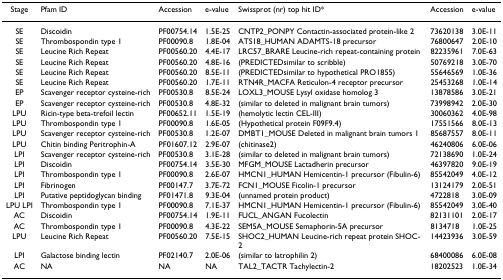
<table><thead><tr><td><b>Stage</b></td><td><b>Pfam ID</b></td><td><b>Accession</b></td><td><b>e-value</b></td><td><b>Swissprot (nr) top hit ID*</b></td><td><b>Accession</b></td><td><b>e-value</b></td></tr></thead><tbody><tr><td>SE</td><td>Discoidin</td><td>PF00754.14</td><td>1.5E-25</td><td>CNTP2_PONPY Contactin-associated protein-like 2</td><td>73620138</td><td>3.0E-11</td></tr><tr><td>SE</td><td>Thrombospondin type 1</td><td>PF00090.8</td><td>1.8E-04</td><td>ATS18_HUMAN ADAMTS-18 precursor</td><td>76800647</td><td>2.0E-10</td></tr><tr><td>SE</td><td>Leucine Rich Repeat</td><td>PF00560.20</td><td>4.4E-17</td><td>LRC57_BRARE Leucine-rich repeat-containing protein</td><td>82235961</td><td>7.0E-63</td></tr><tr><td>SE</td><td>Leucine Rich Repeat</td><td>PF00560.20</td><td>4.8E-16</td><td>(PREDICTEDsimilar to scribble)</td><td>50769218</td><td>3.0E-70</td></tr><tr><td>SE</td><td>Leucine Rich Repeat</td><td>PF00560.20</td><td>8.5E-11</td><td>(PREDICTEDsimilar to hypothetical PRO1855)</td><td>55646569</td><td>1.0E-36</td></tr><tr><td>SE</td><td>Leucine Rich Repeat</td><td>PF00560.20</td><td>1.7E-11</td><td>RTN4R_MACFA Reticulon-4 receptor precursor</td><td>25453268</td><td>1.0E-14</td></tr><tr><td>EP</td><td>Scavenger receptor cysteine-rich</td><td>PF00530.8</td><td>8.5E-24</td><td>LOXL3_MOUSE Lysyl oxidase homolog 3</td><td>13878586</td><td>3.0E-21</td></tr><tr><td>EP</td><td>Scavenger receptor cysteine-rich</td><td>PF00530.8</td><td>4.8E-32</td><td>(similar to deleted in malignant brain tumors)</td><td>73998942</td><td>2.0E-30</td></tr><tr><td>LPU</td><td>Ricin-type beta-trefoil lectin</td><td>PF00652.11</td><td>1.5E-19</td><td>(hemolytic lectin CEL-III)</td><td>30060362</td><td>4.0E-98</td></tr><tr><td>LPU</td><td>Thrombospondin type 1</td><td>PF00090.8</td><td>1.6E-05</td><td>(Hypothetical protein F09F9.4)</td><td>17551566</td><td>8.0E-13</td></tr><tr><td>LPU</td><td>Scavenger receptor cysteine-rich</td><td>PF00530.8</td><td>1.2E-07</td><td>DMBT1_MOUSE Deleted in malignant brain tumors 1</td><td>85687557</td><td>8.0E-11</td></tr><tr><td>LPU</td><td>Chitin binding Peritrophin-A</td><td>PF01607.12</td><td>2.9E-07</td><td>(chitinase2)</td><td>46240806</td><td>6.0E-06</td></tr><tr><td>LPI</td><td>Scavenger receptor cysteine-rich</td><td>PF00530.8</td><td>3.1E-28</td><td>(similar to deleted in malignant brain tumors)</td><td>72138690</td><td>1.0E-24</td></tr><tr><td>LPI</td><td>Discoidin</td><td>PF00754.14</td><td>3.5E-30</td><td>MFGM_MOUSE Lactadherin precursor</td><td>46397820</td><td>9.0E-19</td></tr><tr><td>LPI</td><td>Thrombospondin type 1</td><td>PF00090.8</td><td>2.6E-07</td><td>HMCN1_HUMAN Hemicentin-1 precursor (Fibulin-6)</td><td>85542049</td><td>4.0E-12</td></tr><tr><td>LPI</td><td>Fibrinogen</td><td>PF00147.7</td><td>3.7E-72</td><td>FCN1_MOUSE Ficolin-1 precursor</td><td>13124179</td><td>2.0E-51</td></tr><tr><td>LPI</td><td>Putative peptidoglycan binding</td><td>PF01471.8</td><td>9.3E-04</td><td>(unnamed protein product)</td><td>4722818</td><td>3.0E-09</td></tr><tr><td>LPU LPI</td><td>Thrombospondin type 1</td><td>PF00090.8</td><td>7.1E-37</td><td>HMCN1_HUMAN Hemicentin-1 precursor (Fibulin-6)</td><td>85542049</td><td>3.0E-40</td></tr><tr><td>AC</td><td>Discoidin</td><td>PF00754.14</td><td>1.9E-11</td><td>FUCL_ANGAN Fucolectin</td><td>82131101</td><td>2.0E-17</td></tr><tr><td>AC</td><td>Thrombospondin type 1</td><td>PF00090.8</td><td>4.3E-22</td><td>SEM5A_MOUSE Semaphorin-5A precursor</td><td>8134718</td><td>1.0E-25</td></tr><tr><td>LPU</td><td>Leucine Rich Repeat</td><td>PF00560.20</td><td>7.5E-15</td><td>SHOC2_HUMAN Leucine-rich repeat protein SHOC-2</td><td>14423936</td><td>3.0E-59</td></tr><tr><td>LPI</td><td>Galactose binding lectin</td><td>PF02140.7</td><td>2.0E-06</td><td>(similar to latrophilin 2)</td><td>68400086</td><td>6.0E-08</td></tr><tr><td>AC</td><td>NA</td><td>NA</td><td>NA</td><td>TAL2_TACTR Tachylectin-2</td><td>18202523</td><td>1.0E-34</td></tr></tbody></table>